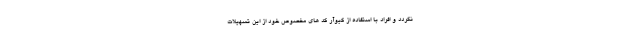
نگردد و افراد با استفاده از کیوآر کد های مخصوص خود از این تسهیلات